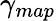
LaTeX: \gamma_{map}